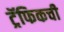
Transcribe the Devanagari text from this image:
ट्रॅफिकची